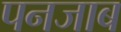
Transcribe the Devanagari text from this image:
पनजाब